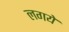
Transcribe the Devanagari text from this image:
लगये